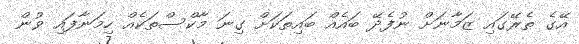
އޭގެ ތެރޭގައި ޒަމާނަށް ނުފެދޭ ބައެއް ބައިތަކަށް ގިނަ މާކްސްތަކެއް ހިމަނާފައި ވުން